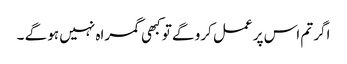
اگر تم اس پر عمل کرو گے تو کبھی گمراہ نہیں ہو گے ۔